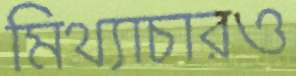
মিথ্যাচারও